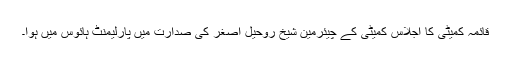
قائمہ کمیٹی کا اجلاس کمیٹی کے چیئرمین شیخ روحیل اصغر کی صدارت میں پارلیمنٹ ہائوس میں ہوا۔